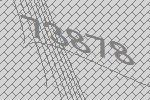
73878